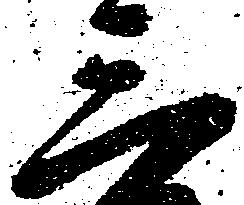
三